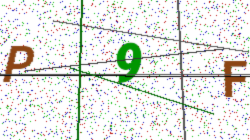
Text: P9F